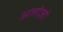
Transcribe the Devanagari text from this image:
अलोज़ो